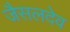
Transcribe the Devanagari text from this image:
जैसलदेव